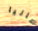
ماليا